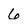
Character: 6